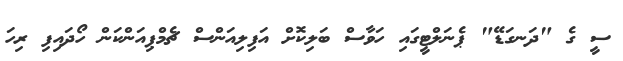
ސީ ގެ "ދަނގަޑޭ" ޕެނަލްޓީގައި ހަވާސް ބަލިކޮށް އަފިލިއަންސް ޗެމްޕިއަންކަން ހޯދައިފި ރިހަ